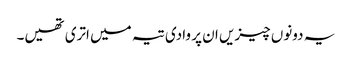
یہ دونوں چیزیں ان پر وادی تیہ میں اتری تھیں۔